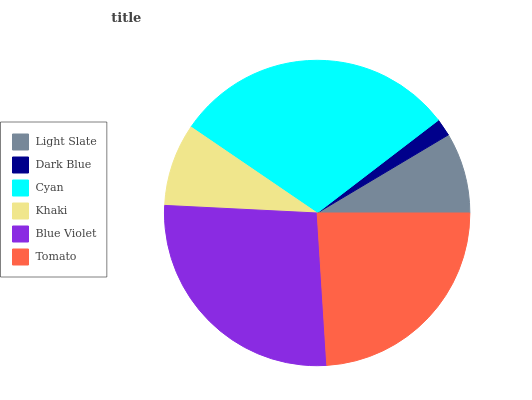
| Light Slate | Dark Blue | Cyan | Khaki | Blue Violet | Tomato |
 | --- | --- | --- | --- | --- | --- |
 | 8.55% | 1.85% | 30.1% | 8.72% | 26.7% | 24% |